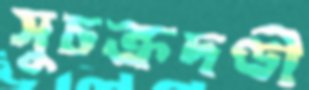
সুচক্রদণ্ডী